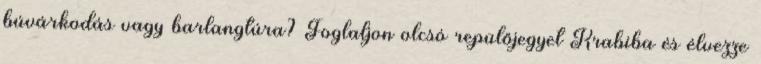
búvárkodás vagy barlangtúra? Foglaljon olcsó repülőjegyet Krabiba és élvezze